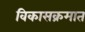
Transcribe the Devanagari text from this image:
विकासक्रमात